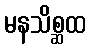
မနသိစ္ဆထ